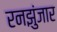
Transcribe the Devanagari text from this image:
रनझुंजार